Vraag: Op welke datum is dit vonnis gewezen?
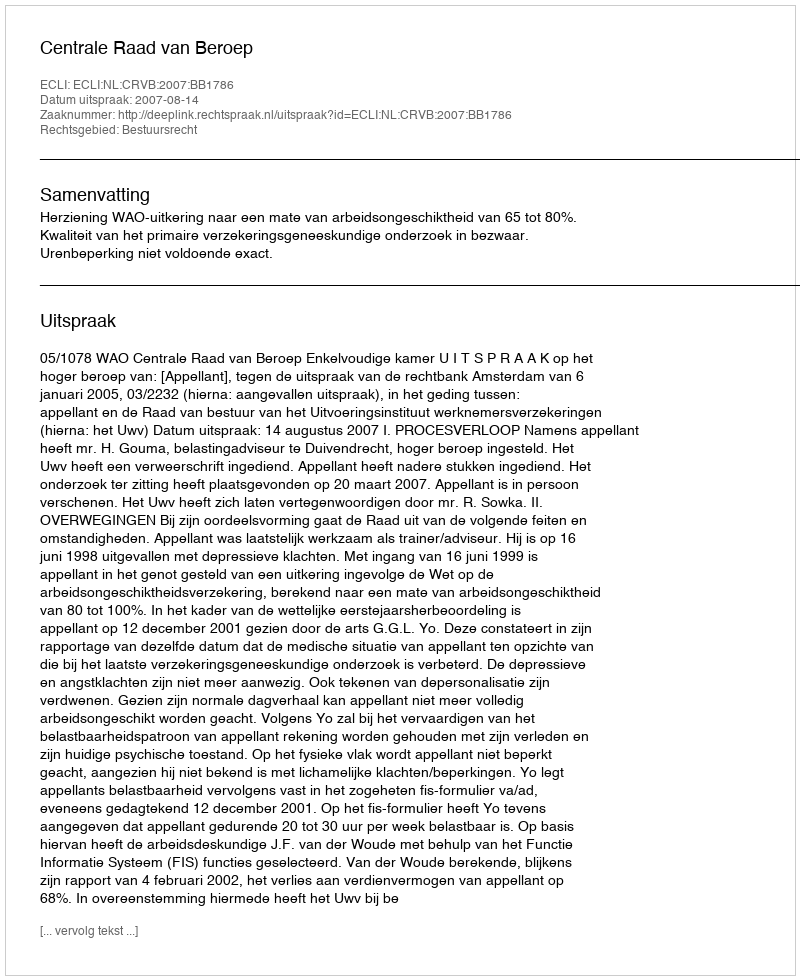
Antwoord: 2007-08-14